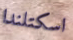
اسكتلندا